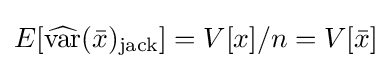
E[{\widehat {\operatorname {var} }}({\bar {x}})_{\mathrm {jack} }]=V[x]/n=V[{\bar {x}}]